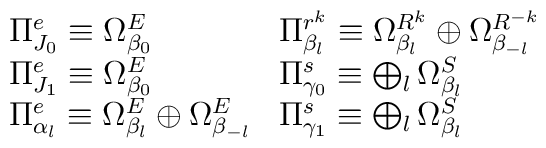
\begin{array}{ll}\Pi^{e}_{J_0}\equiv \Omega^{E}_{\beta_0} &\Pi^{r^k}_{\beta_l}\equiv \Omega^{R^k}_{\beta_l}\oplus \Omega^{R^{-k}}_{\beta_{-l}}\\\Pi^{e}_{J_1}\equiv \Omega^{E}_{\beta_0} &\Pi^{s}_{\gamma_0}\equiv \bigoplus_{l} \Omega^{S}_{\beta_{l}}\\\Pi^{e}_{\alpha_l}\equiv \Omega^{E}_{\beta_{l}}\oplus \Omega^{E}_{\beta_{-l}}&\Pi^{s}_{\gamma_1}\equiv \bigoplus_{l} \Omega^{S}_{\beta_{l}}\\\end{array}